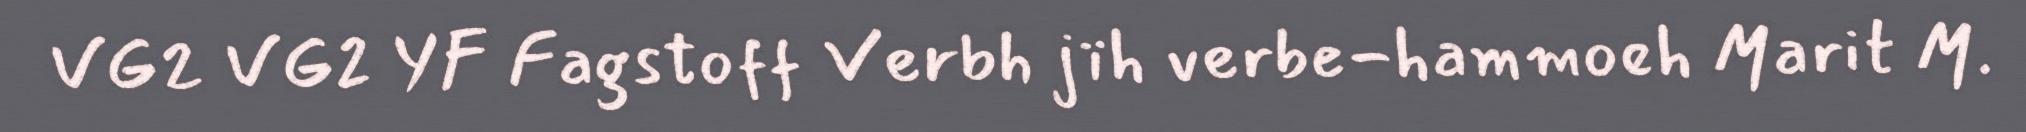
VG2 VG2 YF Fagstoff Verbh jïh verbe-hammoeh Marit M.